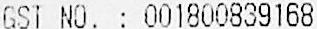
GST NO. : 001800839168